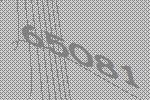
65081